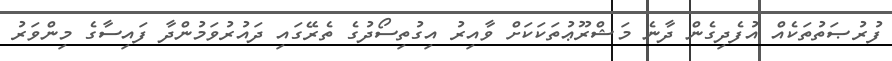
ފުރުޞަތުތަކެއް އުފެދިގެން ދާނެ މަޝްރޫޢުތަކަކަށް ވާއިރު އިގުތިސޯދުގެ ތެރޭގައި ދައުރުވަމުންދާ ފައިސާގެ މިންވަރު